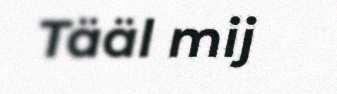
Tääl mij